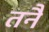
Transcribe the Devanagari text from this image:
तनै